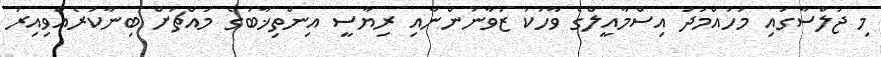
މި ޖަލްސާގައި މުހައްމަދު އިސްމާއީލްގެ ވާހަކަ ޒުވާނުންނާއި ރިޔާސީ އިންތިޚާބުގެ މައްޗަށް ބިނާކުރެއްވިއިރު